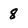
Character: 8